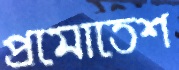
প্রমোতেশ